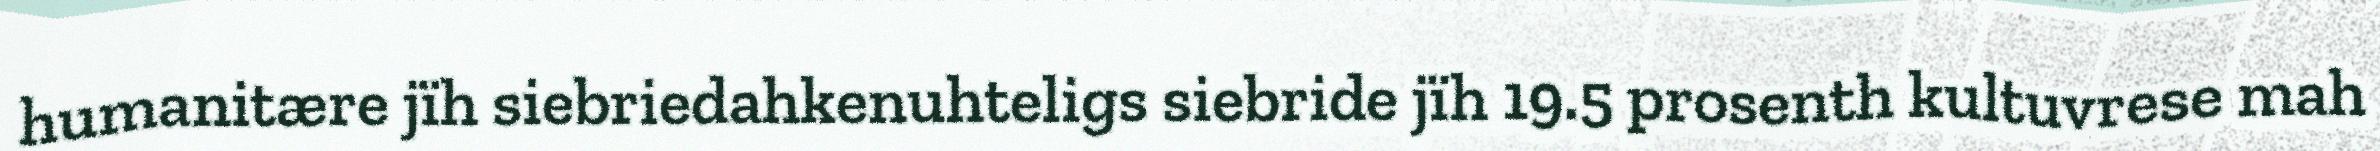
humanitære jïh siebriedahkenuhteligs siebride jïh 19.5 prosenth kultuvrese mah